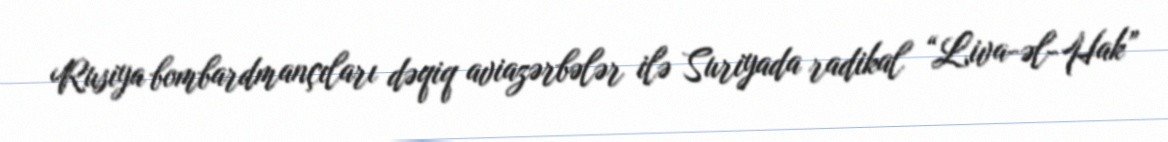
Rusiya bombardmançıları dəqiq aviazərbələr ilə Suriyada radikal “Liva-əl-Hak”